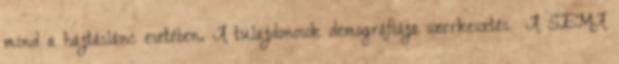
mind a hajtáslánc esetében. A tulajdonosok demográfiája szerkesztés A SEMA